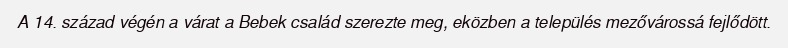
A 14. század végén a várat a Bebek család szerezte meg, eközben a település mezővárossá fejlődött.